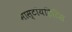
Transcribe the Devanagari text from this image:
मास्टॉयडिटिस